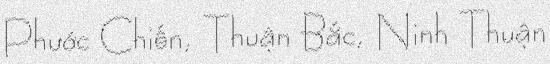
Phước Chiến, Thuận Bắc, Ninh Thuận